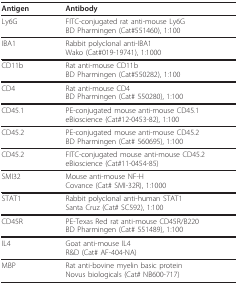
<table><thead><tr><td><b>Antigen</b></td><td><b>Antibody</b></td></tr></thead><tbody><tr><td>Ly6G</td><td>FITC-conjugated rat anti-mouse Ly6GBD Pharmingen (Cat#551460), 1:100</td></tr><tr><td>IBA1</td><td>Rabbit polyclonal anti-IBA1Wako (Cat#019-19741), 1:1000</td></tr><tr><td>CD11b</td><td>Rat anti-mouse CD11bBD Pharmingen (Cat#550282), 1:100</td></tr><tr><td>CD4</td><td>Rat anti-mouse CD4BD Pharmingen (Cat# 550280), 1:100</td></tr><tr><td>CD45.1</td><td>PE-conjugated mouse anti-mouse CD45.1eBioscience (Cat#12-0453-82), 1:100</td></tr><tr><td>CD45.2</td><td>PE-conjugated mouse anti-mouse CD45.2BD Pharmingen (Cat# 560695), 1:100</td></tr><tr><td>CD45.2</td><td>FITC-conjugated mouse anti-mouse CD45.2eBioscience (Cat#11-0454-85)</td></tr><tr><td>SMI32</td><td>Mouse anti-mouse NF-HCovance (Cat# SMI-32R), 1:1000</td></tr><tr><td>STAT1</td><td>Rabbit polyclonal anti-human STAT1Santa Cruz (Cat# SC592), 1:100</td></tr><tr><td>CD45R</td><td>PE-Texas Red rat anti-mouse CD45R/B220BD Pharmingen (Cat# 551489), 1:100</td></tr><tr><td>IL4</td><td>Goat anti-mouse IL4R&amp;D (Cat# AF-404-NA)</td></tr><tr><td>MBP</td><td>Rat anti-bovine myelin basic proteinNovus biologicals (Cat# NB600-717)</td></tr></tbody></table>